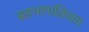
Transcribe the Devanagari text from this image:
सहभागाशिवाय